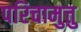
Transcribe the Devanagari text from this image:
परिचामुत्तु